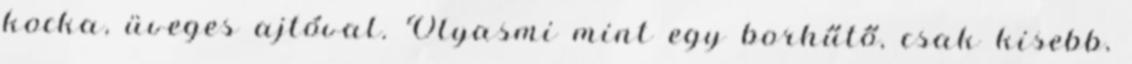
kocka, üveges ajtóval. Olyasmi mint egy borhűtő, csak kisebb,